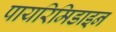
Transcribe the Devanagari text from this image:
पायरिमिडाइन